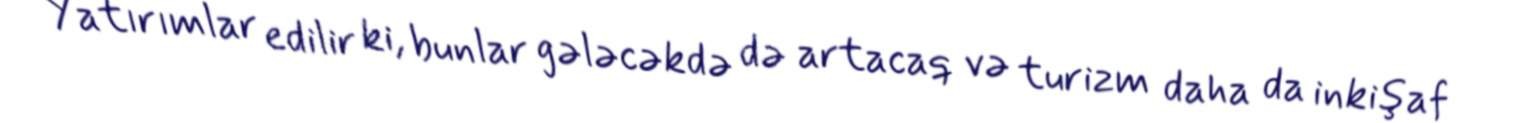
Yatırımlar edilir ki, bunlar gələcəkdə də artacaq və turizm daha da inkişaf